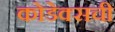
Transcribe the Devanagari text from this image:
कोडेक्सची